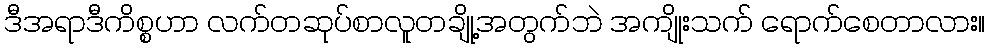
ဒီအရာဒီကိစ္စဟာ လက်တဆုပ်စာလူတချို့အတွက်ဘဲ အကျိုးသက် ရောက်စေတာလား။